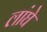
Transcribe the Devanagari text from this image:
लांघे